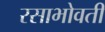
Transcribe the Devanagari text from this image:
रसाभोवती